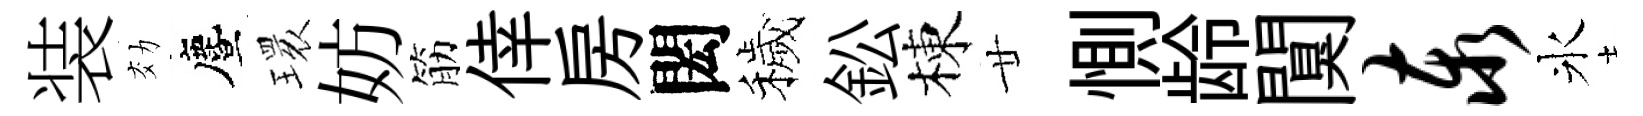
装効󵨌𤨔妨筋倖房閎穢鈆棟廿惻龄闃泰氷